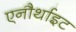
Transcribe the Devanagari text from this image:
एनौर्थाइट